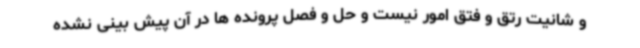
و شانیت رتق و فتق امور نیست و حل و فصل پرونده ها در آن پیش بینی نشده